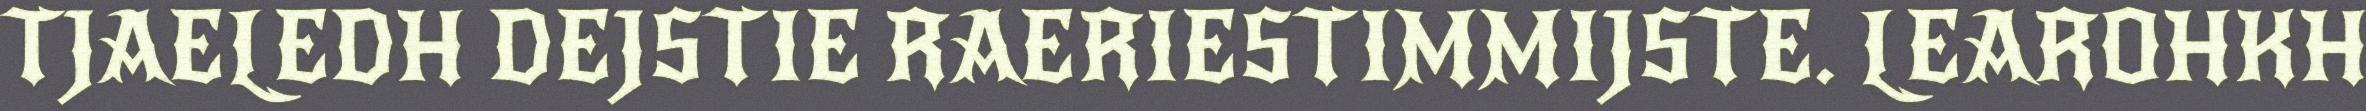
TJAELEDH DEJSTIE RAERIESTIMMIJSTE. LEAROHKH